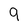
Character: 9